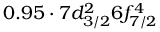
0 . 9 5 \cdot 7 d _ { 3 / 2 } ^ { 2 } 6 f _ { 7 / 2 } ^ { 4 }